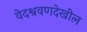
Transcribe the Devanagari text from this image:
वेदश्रवणदेखील